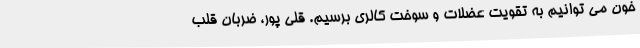
خون می توانیم به تقویت عضلات و سوخت کالری برسیم. قلی پور، ضربان قلب